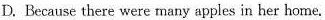
D. Because there were many apples in her home.